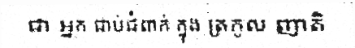
ជា ឣ្នក ជាប់ជំពាក់ ក្នុង ត្រកូល ញាតិ